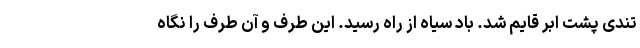
تندی پشت ابر قایم شد. باد سیاه از راه رسید. این طرف و آن طرف را نگاه